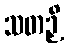
သတဉှိ